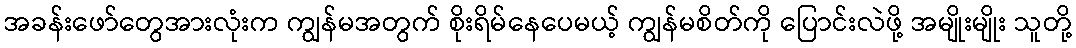
အခန်းဖော်တွေအားလုံးက ကျွန်မအတွက် စိုးရိမ်နေပေမယ့် ကျွန်မစိတ်ကို ပြောင်းလဲဖို့ အမျိုးမျိုး သူတို့